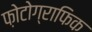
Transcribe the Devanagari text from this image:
फ़ोटोग्राफिक